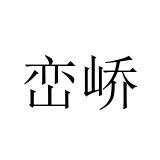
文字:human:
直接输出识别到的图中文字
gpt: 峦峤